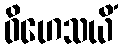
ဝိဟေသယိံ